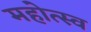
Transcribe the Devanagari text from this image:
महोत्स्व